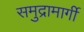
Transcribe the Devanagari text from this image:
समुद्रामार्गी